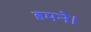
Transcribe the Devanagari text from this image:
हमने।